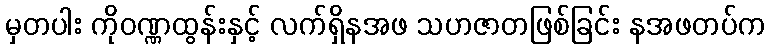
မှတပါး ကိုဝဏ္ဏထွန်းနှင့် လက်ရှိနအဖ သဟဇာတဖြစ်ခြင်း နအဖတပ်က